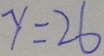
y = 2 6